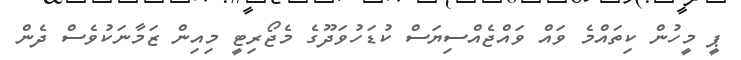
ޕީ މީހުން ކިތައްމެ ވައް ވައްޖެއްސިޔަސް ކުޑަހުވަދޫގެ މެޖޯރިޓީ މިއިން ޒަމާނަކުވެސް ދެން